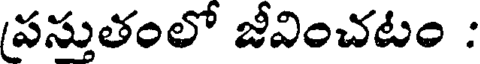
పస్తుతంలో జీవించటం :